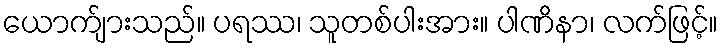
ယောက်ျားသည်။ ပရဿ၊ သူတစ်ပါးအား။ ပါဏိနာ၊ လက်ဖြင့်။